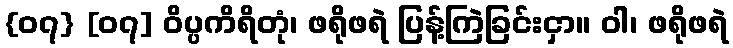
{၀၇} [၀၇] ဝိပ္ပကိရိတုံ၊ ဖရိုဖရဲ ပြန့်ကြဲခြင်းငှာ။ ဝါ၊ ဖရိုဖရဲ